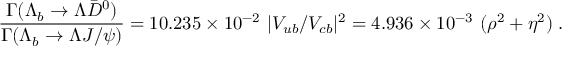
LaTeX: \frac { \Gamma ( \Lambda _ { b } \to \Lambda \bar { D } ^ { 0 } ) } { \Gamma ( \Lambda _ { b } \to \Lambda J / \psi ) } = 1 0 . 2 3 5 \times 1 0 ^ { - 2 } ~ | V _ { u b } / V _ { c b } | ^ { 2 } = 4 . 9 3 6 \times 1 0 ^ { - 3 } ~ ( \rho ^ { 2 } + \eta ^ { 2 } ) \; .